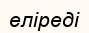
еліреді